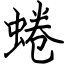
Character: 蜷